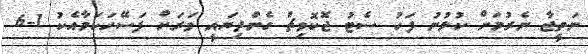
ނަތީޖާ ނެރުމަށް ކުޅުނު ފަހު ސެޓު ޖޮކޮވިޗް ގެންދިޔައީ ވަރަށް ފަސޭހަކަމާއެކު 1-6